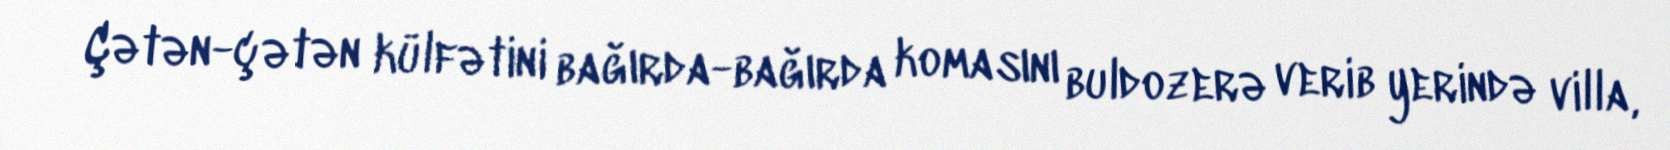
Çətən-çətən külfətini bağırda-bağırda komasını buldozerə verib yerində villa,